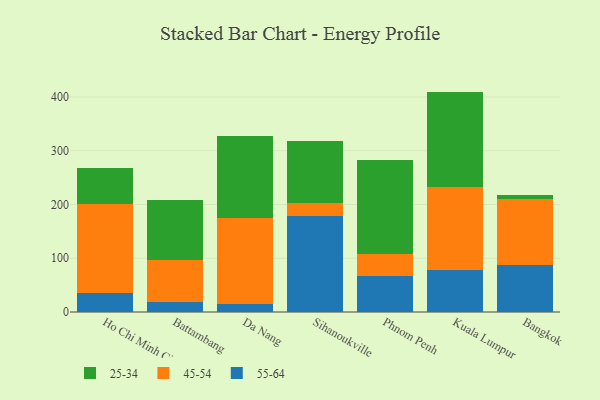
{"axis": {"x": "City", "y": "Latency (ms)"}, "legend": ["25-34", "45-54", "55-64"], "data": [{"x": "Ho Chi Minh City", "y": 34.7, "type": "55-64"}, {"x": "Ho Chi Minh City", "y": 166.6, "type": "45-54"}, {"x": "Ho Chi Minh City", "y": 67.1, "type": "25-34"}, {"x": "Battambang", "y": 18.2, "type": "55-64"}, {"x": "Battambang", "y": 79.3, "type": "45-54"}, {"x": "Battambang", "y": 111.0, "type": "25-34"}, {"x": "Da Nang", "y": 15.7, "type": "55-64"}, {"x": "Da Nang", "y": 158.6, "type": "45-54"}, {"x": "Da Nang", "y": 153.4, "type": "25-34"}, {"x": "Sihanoukville", "y": 177.9, "type": "55-64"}, {"x": "Sihanoukville", "y": 25.8, "type": "45-54"}, {"x": "Sihanoukville", "y": 114.5, "type": "25-34"}, {"x": "Phnom Penh", "y": 67.8, "type": "55-64"}, {"x": "Phnom Penh", "y": 40.0, "type": "45-54"}, {"x": "Phnom Penh", "y": 175.8, "type": "25-34"}, {"x": "Kuala Lumpur", "y": 78.2, "type": "55-64"}, {"x": "Kuala Lumpur", "y": 154.3, "type": "45-54"}, {"x": "Kuala Lumpur", "y": 177.5, "type": "25-34"}, {"x": "Bangkok", "y": 87.2, "type": "55-64"}, {"x": "Bangkok", "y": 122.8, "type": "45-54"}, {"x": "Bangkok", "y": 8.4, "type": "25-34"}]}